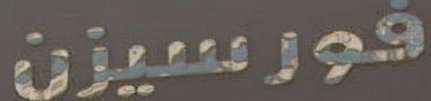
فورسيزن